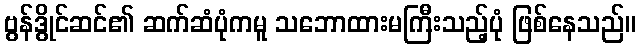
ဗွန်ဒွိုင်ဆင်၏ ဆက်ဆံပုံကမူ သဘောထားမကြီးသည့်ပုံ ဖြစ်နေသည်။